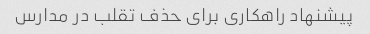
پیشنهاد راهکاری برای حذف تقلب در مدارس